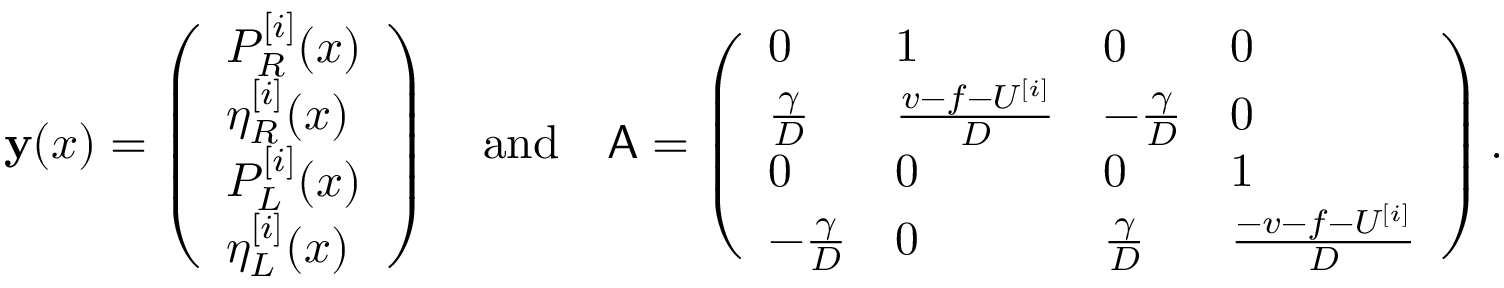
\mathbf { y } ( x ) = \left( \begin{array} { l } { P _ { R } ^ { [ i ] } ( x ) } \\ { \eta _ { R } ^ { [ i ] } ( x ) } \\ { P _ { L } ^ { [ i ] } ( x ) } \\ { \eta _ { L } ^ { [ i ] } ( x ) } \end{array} \right) \quad \mathrm { a n d } \quad \mathsf { A } = \left( \begin{array} { l l l l } { 0 } & { 1 } & { 0 } & { 0 } \\ { \frac { \gamma } { D } } & { \frac { v - f - U ^ { [ i ] } } { D } } & { - \frac { \gamma } { D } } & { 0 } \\ { 0 } & { 0 } & { 0 } & { 1 } \\ { - \frac { \gamma } { D } } & { 0 } & { \frac { \gamma } { D } } & { \frac { - v - f - U ^ { [ i ] } } { D } } \end{array} \right) .